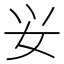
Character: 𰋷